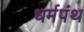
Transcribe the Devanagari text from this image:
धर्मपंथ